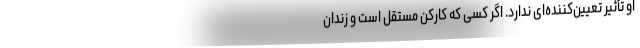
او تأثیر تعیین‌کننده‌ای ندارد. اگر کسی که کارکن مستقل است و زندان